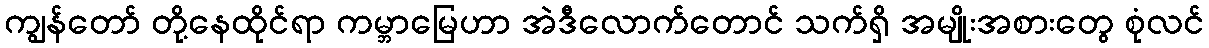
ကျွန်တော် တို့နေထိုင်ရာ ကမ္ဘာမြေဟာ အဲဒီလောက်တောင် သက်ရှိ အမျိုးအစားတွေ စုံလင်